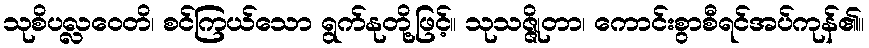
သုစိပလ္လဝေတိ၊ စင်ကြယ်သော ရွက်နုတို့ဖြင့်။ သုသဇ္ဇိုတာ၊ ကောင်းစွာစီရင်အပ်ကုန်၏။